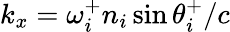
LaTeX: k_{x}=\omega_{i}^{+}n_{i}\sin\theta_{i}^{+}/c